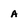
Character: a